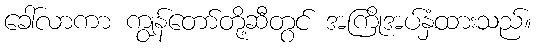
ခေါ်လာကာ ကျွန်တော်တို့ဆီတွင် အကြိုအပ်နှံထားသည်။